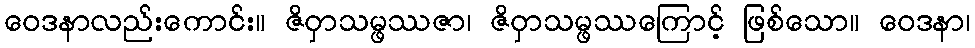
ဝေဒနာလည်းကောင်း။ ဇိဝှာသမ္ဖဿဇာ၊ ဇိဝှာသမ္ဖဿကြောင့် ဖြစ်သော။ ဝေဒနာ၊